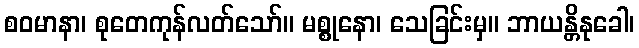
စဝမာနာ၊ စုတေကုန်လတ်သော်။ မစ္စုနော၊ သေခြင်းမှ။ ဘာယန္တိနုခေါ၊